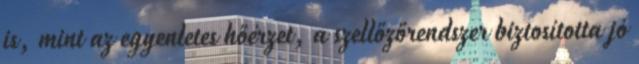
is, mint az egyenletes hőérzet, a szellőzőrendszer biztosította jó